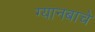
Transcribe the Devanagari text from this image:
ग्यानबाचे